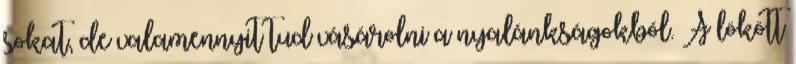
sokat, de valamennyit tud vásárolni a nyalánkságokból. A lökött